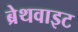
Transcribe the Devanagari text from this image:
ब्रेथवाइट